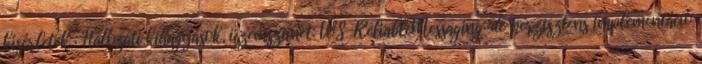
kísérletek : Hálózati kihagyások, üzemszünet: WS-ReliableMessaging: de perzisztens implementáció